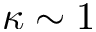
\kappa \sim 1